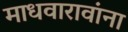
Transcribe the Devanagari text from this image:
माधवारावांना